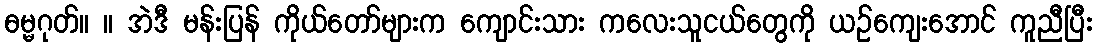
ဓမ္မဂုတ်။ ။ အဲဒီ မန်းပြန် ကိုယ်တော်များက ကျောင်းသား ကလေးသူငယ်တွေကို ယဉ်ကျေးအောင် ကူညီပြီး